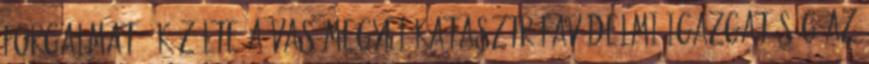
forgalmat - közölte a Vas Megyei Katasztrófavédelmi Igazgatóság az